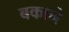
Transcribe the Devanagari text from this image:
बकाने